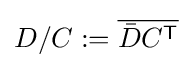
D/C\mathrel {:=} {\overline {{\bar {D}}C^{\textsf {T}}}}